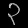
Digit: ၃